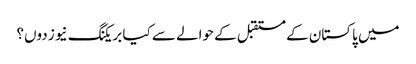
میں پاکستان کے مستقبل کے حوالے سے کیا بریکنگ نیوز دوں؟